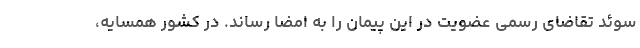
سوئد تقاضای رسمی عضویت در این پیمان را به امضا‌ رساند. در کشور همسایه،